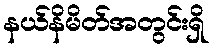
နယ်နိမိတ်အတွင်းရှိ